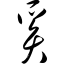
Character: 奚